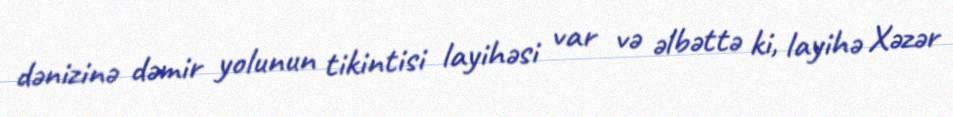
dənizinə dəmir yolunun tikintisi layihəsi var və əlbəttə ki, layihə Xəzər